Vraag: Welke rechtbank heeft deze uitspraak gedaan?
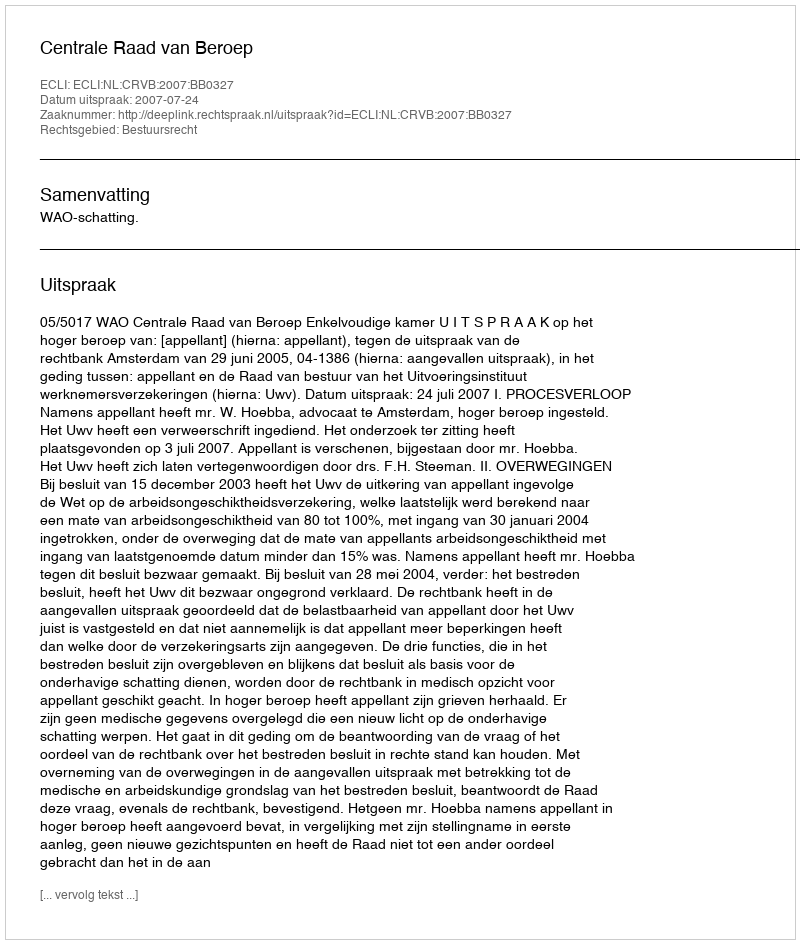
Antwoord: Centrale Raad van Beroep